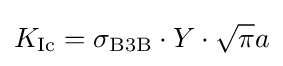
K_{\text{Ic}}=\sigma _{\mathrm {B3B} }\cdot {Y}\cdot {\sqrt {\pi }}{a}